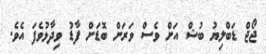
ޖޯޖް ޑަބްލިޔު ބުޝް އަށް ވެސް ވަރަށް ބޮޑަށް ފާޑު ވިދާޅުވެފަ އެވެ.